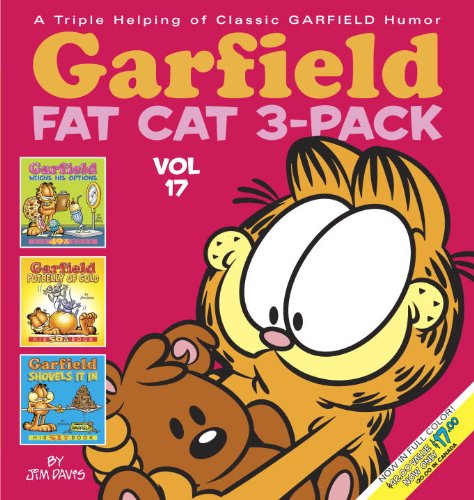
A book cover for Garfield Fat Cat 3-Pack #17; Jim Davis; Humor & Entertainment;